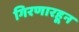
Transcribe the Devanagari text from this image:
गिरणारहून